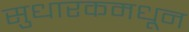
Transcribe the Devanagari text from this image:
सुधारकमधून